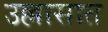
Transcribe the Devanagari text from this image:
उल्लासात